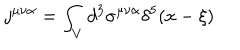
LaTeX: j ^ { \mu \nu \alpha } = \int _ { V } d ^ { 3 } \sigma ^ { \mu \nu \alpha } \delta ^ { 5 } ( x - \xi )